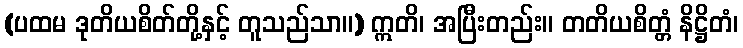
(ပထမ ဒုတိယစိတ်တို့နှင့် တူသည်သာ။) ဣတိ၊ အပြီးတည်း။ တတိယစိတ္တံ နိဋ္ဌိတံ၊